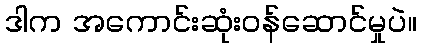
ဒါက အကောင်းဆုံးဝန်ဆောင်မှုပဲ။